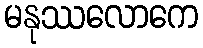
မနုဿလောကေ